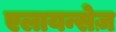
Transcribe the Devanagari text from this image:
एलायन्सेज़